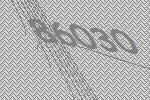
86030